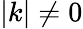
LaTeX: |k|\neq 0